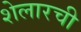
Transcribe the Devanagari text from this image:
शेलारची